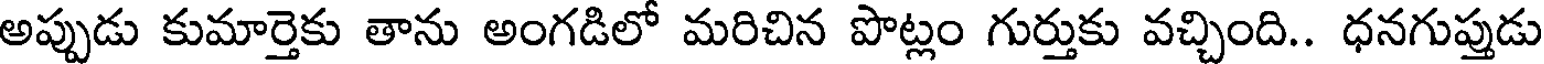
అప్పుడు కుమార్తెకు తాను అంగడిలో మరిచిన పొట్లం గుర్తుకు వచ్చింది.. ధనగుప్తుడు